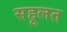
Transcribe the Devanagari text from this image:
सहूलत